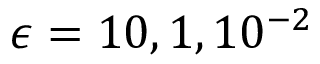
\epsilon = { 1 0 , 1 , 1 0 ^ { - 2 } }